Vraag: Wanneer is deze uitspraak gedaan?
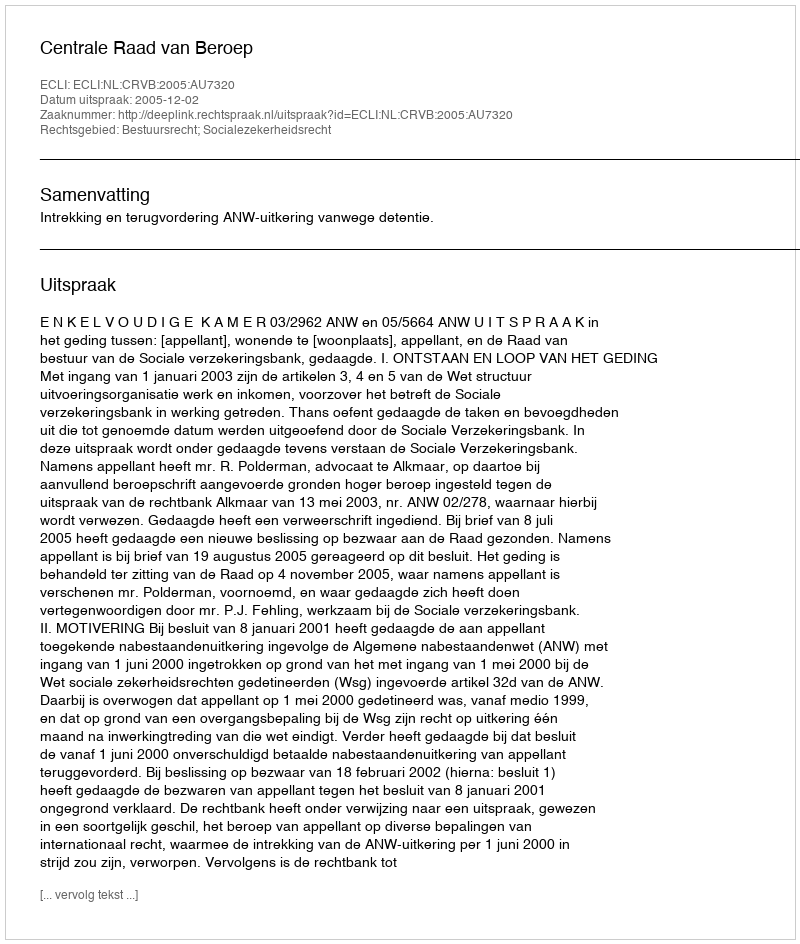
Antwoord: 2005-12-02